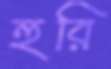
হুরি